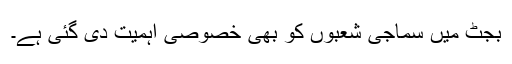
بجٹ میں سماجی شعبوں کو بھی خصوصی اہمیت دی گئی ہے۔